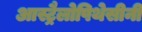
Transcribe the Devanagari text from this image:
आस्ट्रैलोपिथेसीनी